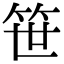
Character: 笹